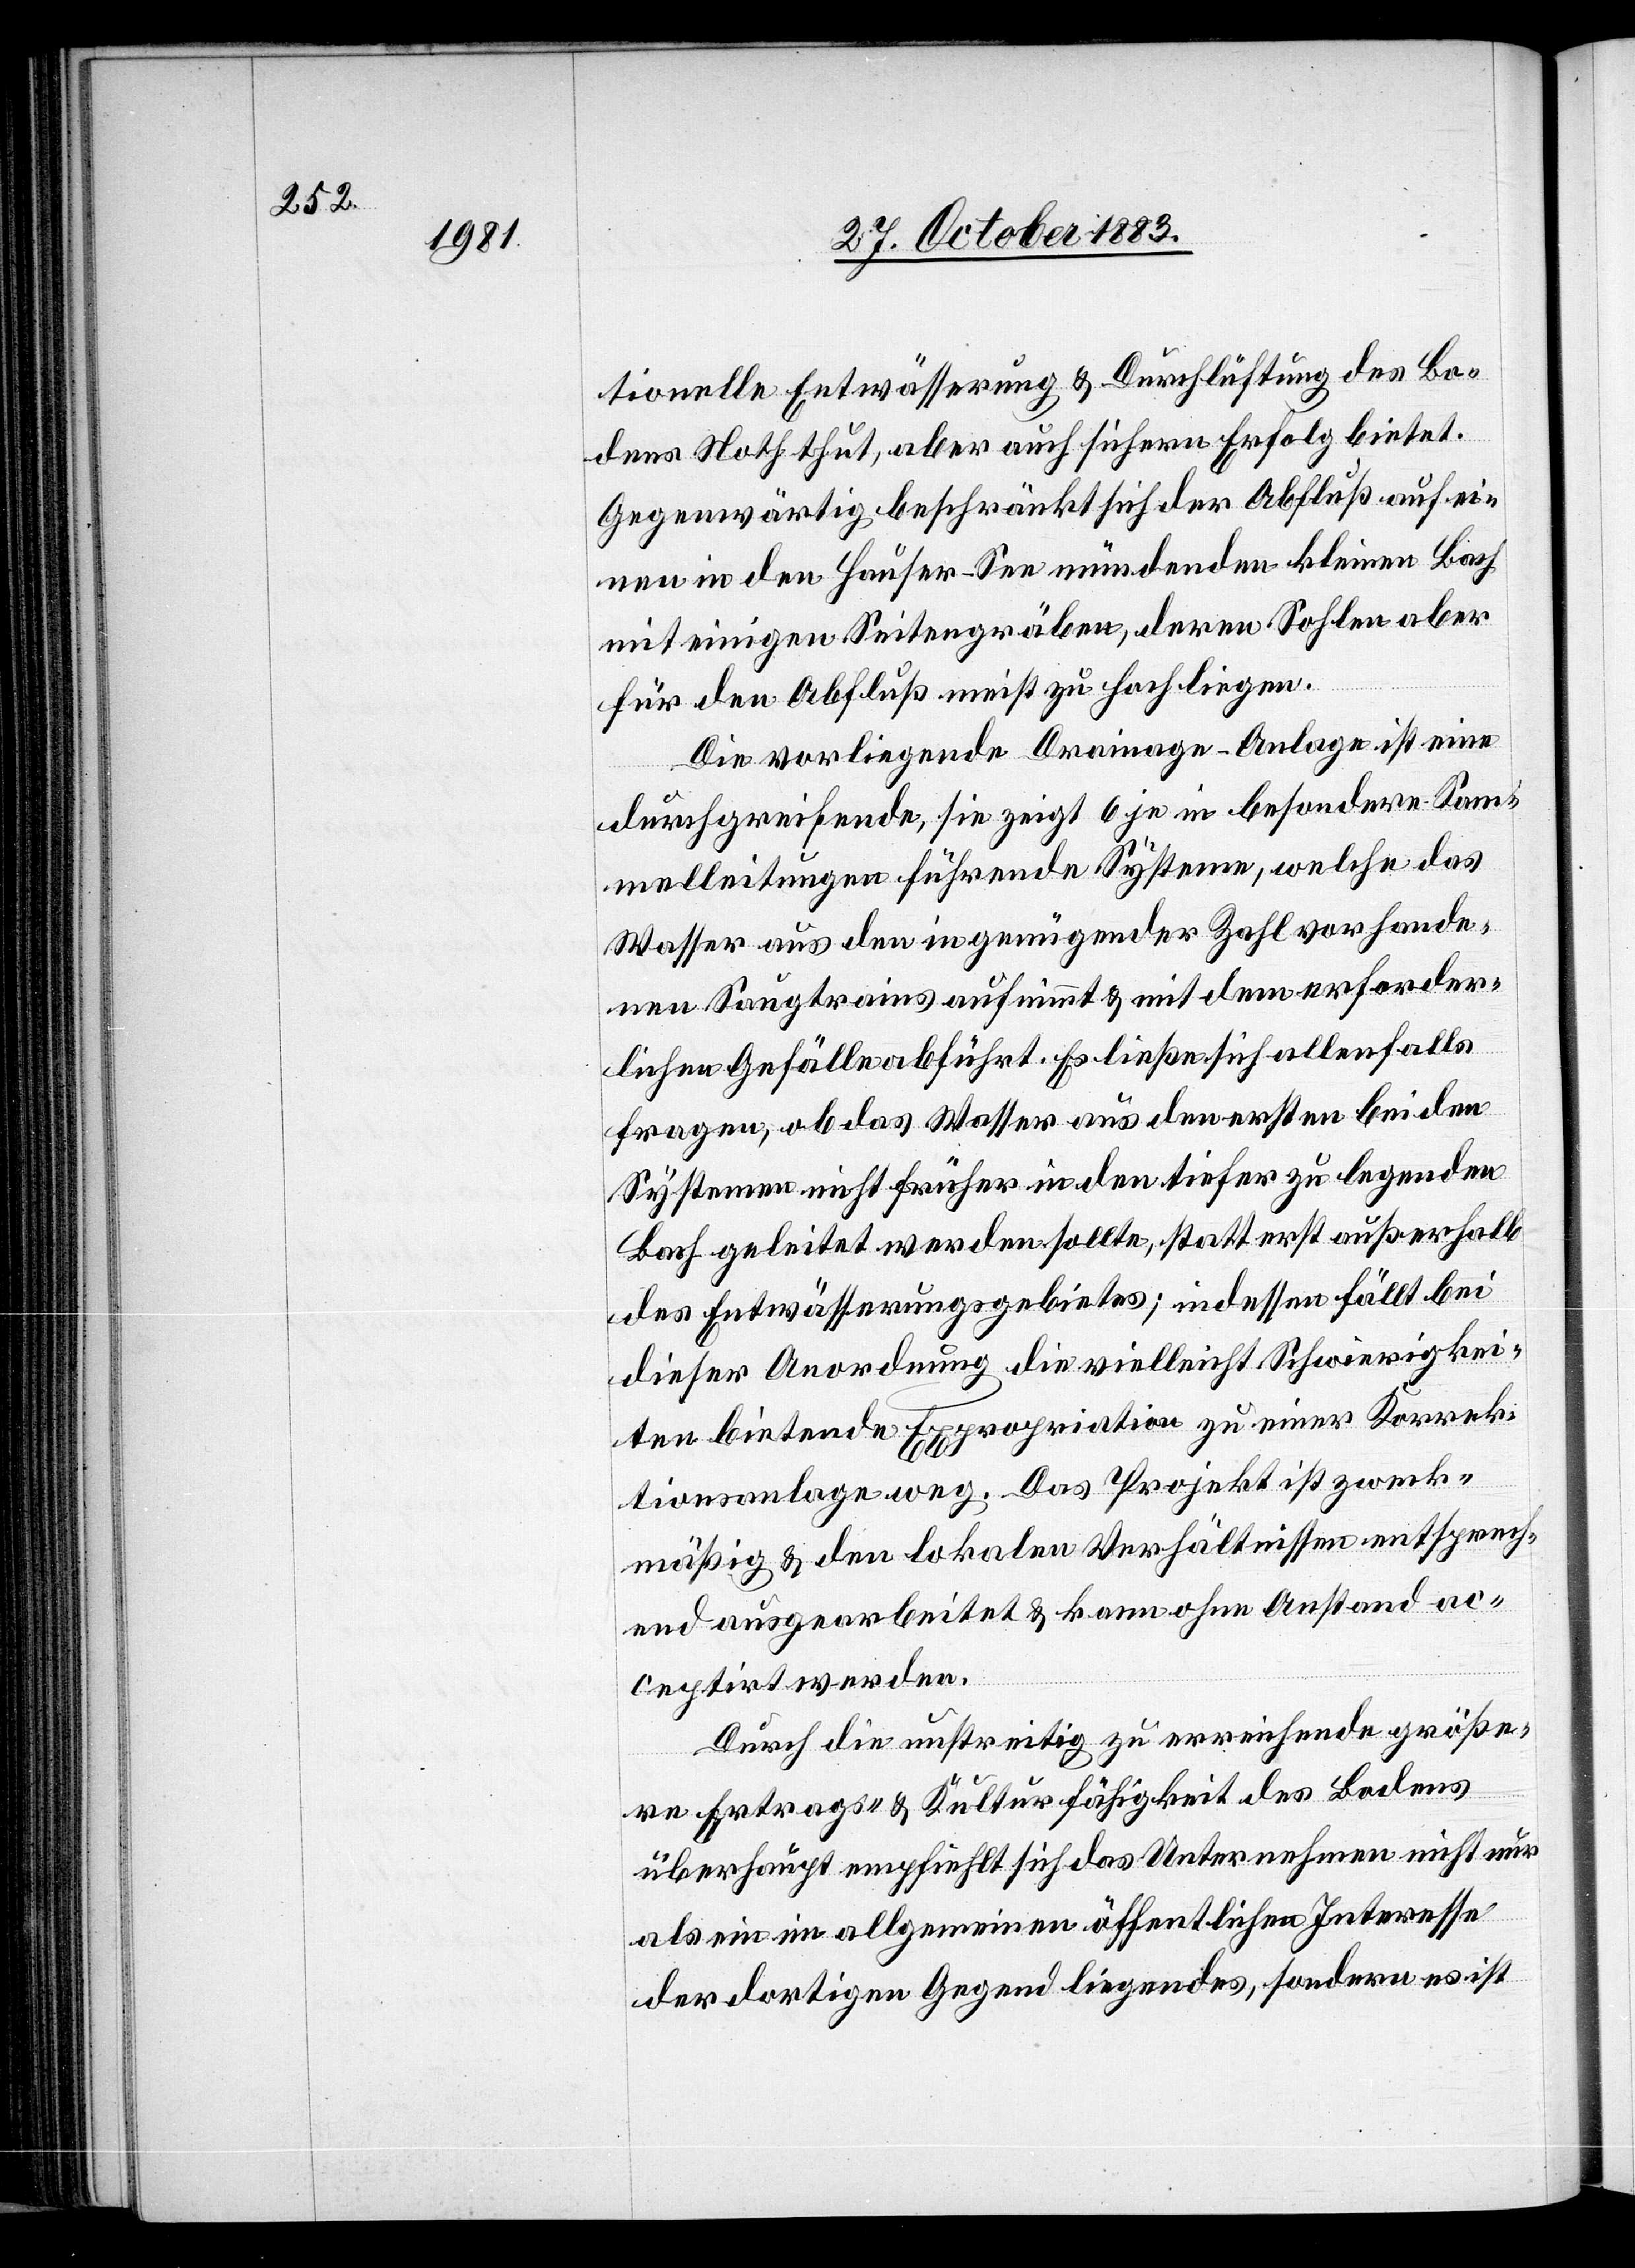
tionelle Entwässerung & Durchlüftung des Bo¬
dens Noth thut, aber auch sichern Erfolg bietet.
Gegenwärtig beschränkt sich der Abfluß auf ei¬
nen in den Hauser-See mündenden kleinen Bach
mit einigen Seitengräben, deren Sohlen aber
für den Abfluß meist zu hoch liegen.
Die vorliegende Drainage-Anlage ist eine
durchgreifende, sie zeigt 6 je in besondere Sam¬
melleitungen führende Systeme, welche das
Wasser aus den in genügender Zahl vorhande¬
nen Saugtrains aufnimmt & mit dem erforder¬
lichen Gefälle abführt. Es ließe sich allenfalls
fragen, ob das Wasser aus den ersten beiden
Systemen nicht früher in den tiefer zu legenden
Bach geleitet werden sollte, statt erst außerhalb
des Entwässerungsgebietes; indessen fällt bei
dieser Anordnung die vielleicht Schwierigkei¬
mässig & den lokalen Verhältnissen entsprech¬
end ausgearbeitet & kann ohne Anstand ac¬
ceptirt werden.
Durch die unstreitig zu erreichende größe¬
ck¬
re Ertrags- & Kulturfähigkeit des Bodens
überhaupt empfiehlt sich das Unternehmen nicht nur
als ein allgemeinen öffentlichen Interesse
der dortigen Gegend liegendes, sondern es ist